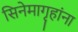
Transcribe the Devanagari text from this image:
सिनेमागृहांना